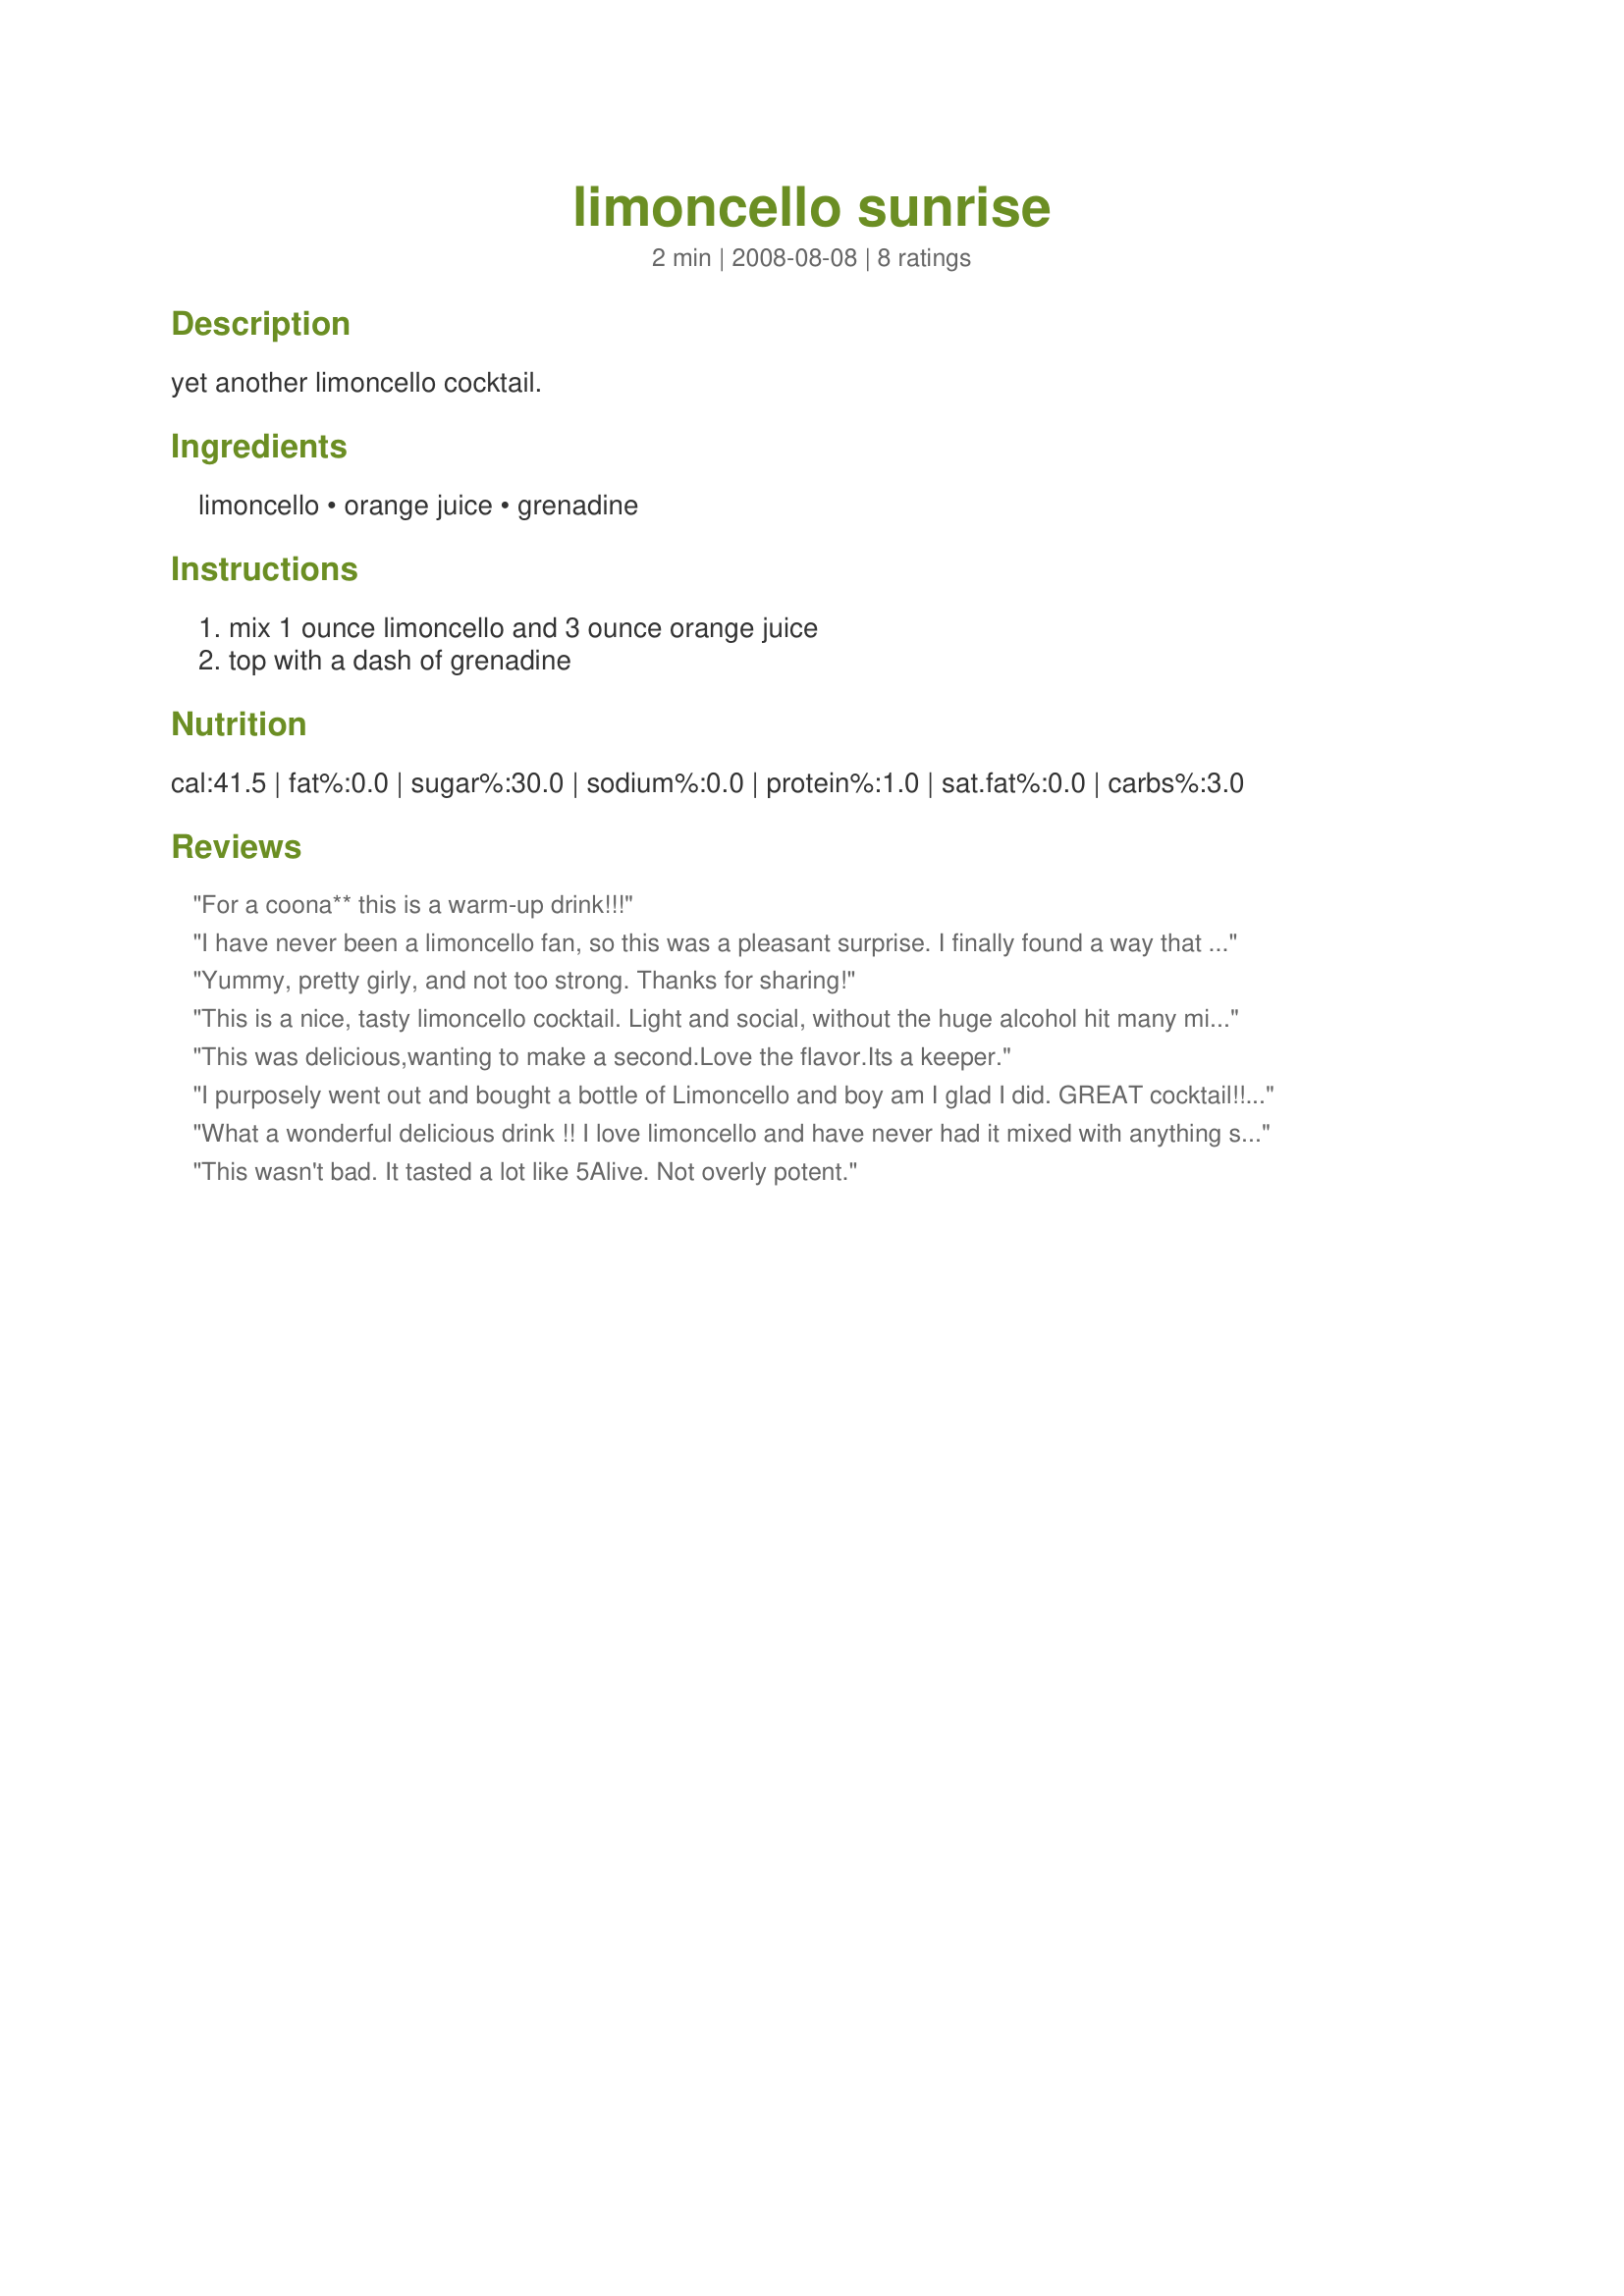
limoncello sunrise
Preparation time: 2 minutes

yet another limoncello cocktail.

Ingredients:
limoncello, orange juice, grenadine

Steps:
mix 1 ounce limoncello and 3 ounce orange juice, top with a dash of grenadine

Reviews:
For a coona** this is a warm-up drink!!!
I have never been a limoncello fan, so this was a pleasant surprise. I finally found a way that I can enjoy it! Thanks for posting, diner! Made for 1-2-3 Hit Wonders Tag Game.
Yummy, pretty girly, and not too strong. Thanks for sharing!
This is a nice, tasty limoncello cocktail. Light and social, without the huge alcohol hit many mixed drinks slam you with.
This was delicious,wanting to make a second.Love the flavor.Its a keeper.
I purposely went out and bought a bottle of Limoncello and boy am I glad I did. GREAT cocktail!!! "Very fruity and delicious. It's a winner, diner524!
What a wonderful delicious drink !! I love limoncello and have never had it mixed with anything so this made for a nice surprise. Can become addictive .....Thanks for sharing your recipe diner524...well appreciated...
This wasn't bad. It tasted a lot like 5Alive. Not overly potent.
